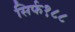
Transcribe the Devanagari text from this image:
सिर्फ१८८